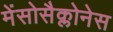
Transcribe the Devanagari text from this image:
मेंसोसैक्लोनेस